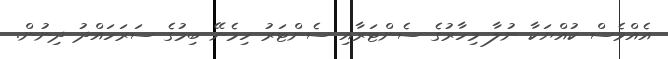
އެއްވެސް ކުއްޔަކާ ނުލާ މިހާރުގެ ސެންޓަރާއި ސެންޓަރު ހިމެނޭ ބިމުގެ ސަރަހައްދު ދިނުން.